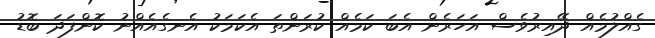
ގެއްލުމެއް ދޭއިރުވެސް އަހަރެން އެބަ ކަމެއް ކުރަންތަ އެކަމަކު އެނގެއެއްނު ކޮންފަދަ ބޮޑު